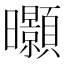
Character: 𭨖